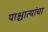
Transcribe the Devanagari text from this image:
पाश्चात्यांचा